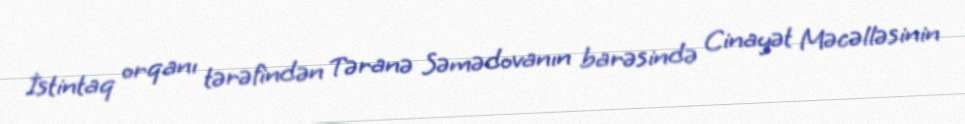
İstintaq orqanı tərəfindən Təranə Səmədovanın barəsində Cinayət Məcəlləsinin